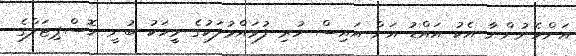
އަންހެނުންނާ އެކު އައްޑު އަށް އައިސް ހުރި ފުވައްމުލަކުގެ މީހަކު ބުނީ ހޮސްޕިޓަލްގެ